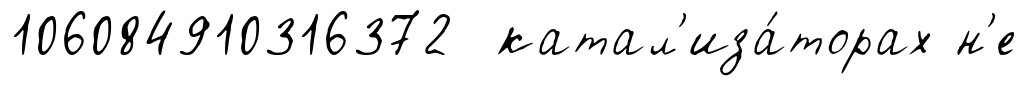
106084910316372 катал'иза́торах н'е